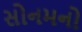
સોનમનો